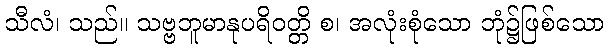
သီလံ၊ သည်။ သဗ္ဗဘူမာနုပရိဝတ္တိ စ၊ အလုံးစုံသော ဘုံ၌ဖြစ်သော